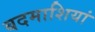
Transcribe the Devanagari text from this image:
बदमाशियां